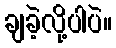
ချခဲ့လို့ပါပဲ။